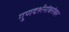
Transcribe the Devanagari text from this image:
गुणदर्शनांबरोबर